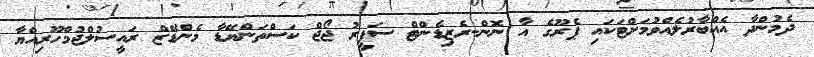
ދެމުންދާ އެއްބާރުލެއްވުމަށްޓަކައި ޕެރޫގެ އާ ނޮން-ރެޒިޑެންޓް ސަފީރު ޖޯޖް ކަސްތަންޔޭޑާ މެންޑޭޒް ރައީސުލްޖުމްހޫރިއްޔާ